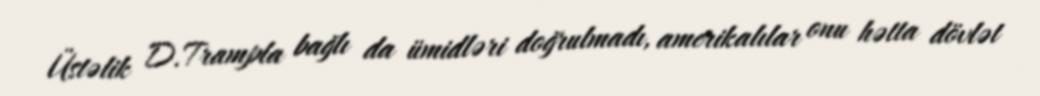
Üstəlik D.Trampla bağlı da ümidləri doğrulmadı, amerikalılar onu hətta dövlət